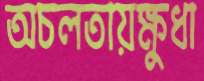
অচলতায়ক্ষুধা